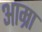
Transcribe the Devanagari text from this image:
आम्रा